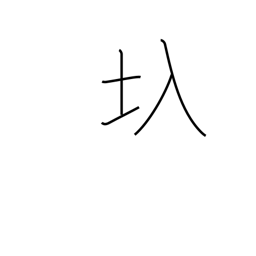
Meaning: floodgate